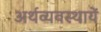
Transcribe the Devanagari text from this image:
अर्थव्यवस्थायें